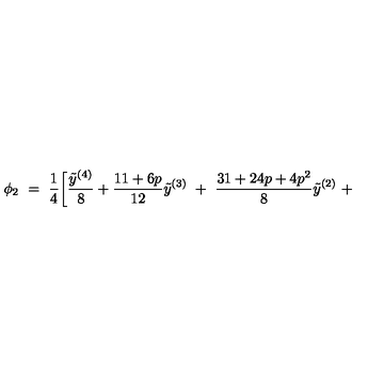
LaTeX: \phi _ { 2 } \ = \ \frac { 1 } { 4 } \bigg [ \frac { { \tilde { y } } ^ { ( 4 ) } } { 8 } + \frac { 1 1 + 6 p } { 1 2 } { \tilde { y } } ^ { ( 3 ) } \ + \ \frac { 3 1 + 2 4 p + 4 p ^ { 2 } } { 8 } { \tilde { y } } ^ { ( 2 ) } \ +